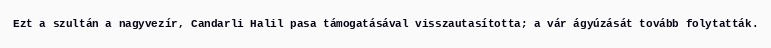
Ezt a szultán a nagyvezír, Candarli Halil pasa támogatásával visszautasította; a vár ágyúzását tovább folytatták.